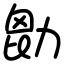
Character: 㔡